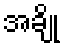
အချို